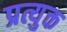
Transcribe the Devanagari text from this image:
प्रत्युक्त